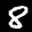
Label: 8